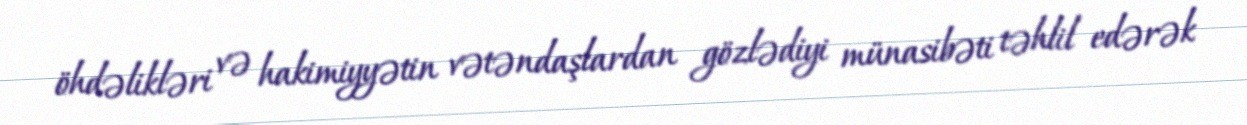
öhdəlikləri və hakimiyyətin vətəndaşlardan gözlədiyi münasibəti təhlil edərək